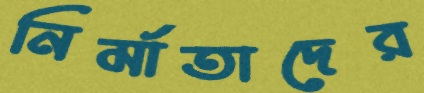
নির্মাতাদের